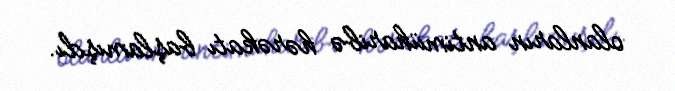
olanların antimüharibə hərəkatı başlamışdı.